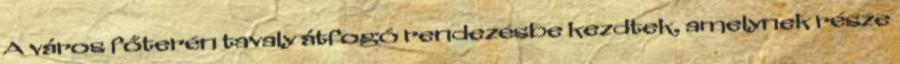
A város főterén tavaly átfogó rendezésbe kezdtek, amelynek része